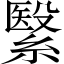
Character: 繄